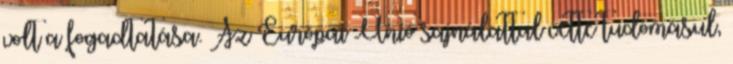
volt a fogadtatása. Az Európai Unió sajnálattal vette tudomásul,